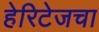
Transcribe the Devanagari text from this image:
हेरिटेजचा